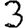
Digit: 3